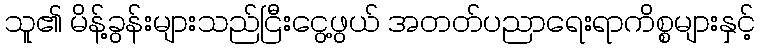
သူ၏ မိန့်ခွန်းများသည်ငြီးငွေ့ဖွယ် အတတ်ပညာရေးရာကိစ္စများနှင့်